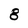
Character: 8